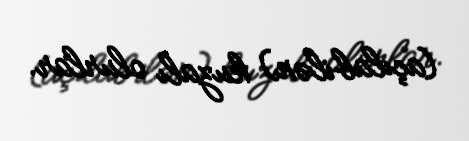
(açılabilən) kuzalı olurlar.